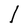
Character: l